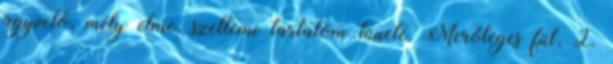
agyvelő, mély elme, szellemi tartalom tünete. Merőleges fül, 2.